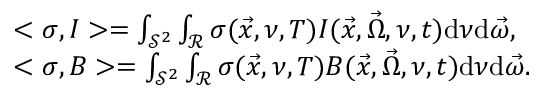
\begin{array} { r l } & { < \sigma , I > = \int _ { \mathcal { S } ^ { 2 } } \int _ { \mathcal { R } } \sigma ( \vec { x } , \nu , T ) I ( \vec { x } , \vec { \Omega } , \nu , t ) \mathrm { d } \nu \mathrm { d } \vec { \omega } , } \\ & { < \sigma , B > = \int _ { \mathcal { S } ^ { 2 } } \int _ { \mathcal { R } } \sigma ( \vec { x } , \nu , T ) B ( \vec { x } , \vec { \Omega } , \nu , t ) \mathrm { d } \nu \mathrm { d } \vec { \omega } . } \end{array}